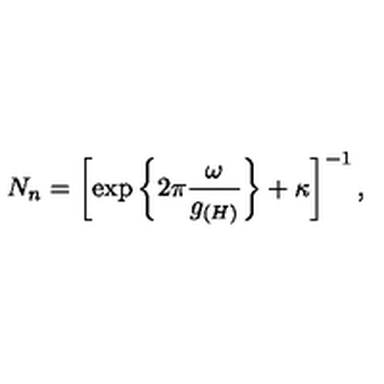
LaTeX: N _ { n } = \left[ \exp \left\{ 2 \pi \frac { \omega } { g _ { ( H ) } } \right\} + \kappa \right] ^ { - 1 } ,